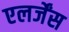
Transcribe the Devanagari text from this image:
एलर्जेंस